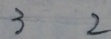
3 2